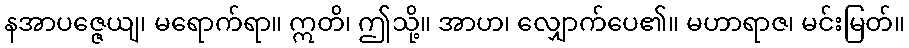
နအာပဇ္ဇေယျ၊ မရောက်ရာ။ ဣတိ၊ ဤသို့။ အာဟ၊ လျှောက်ပေ၏။ မဟာရာဇ၊ မင်းမြတ်။